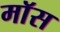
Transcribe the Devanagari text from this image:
माॅस